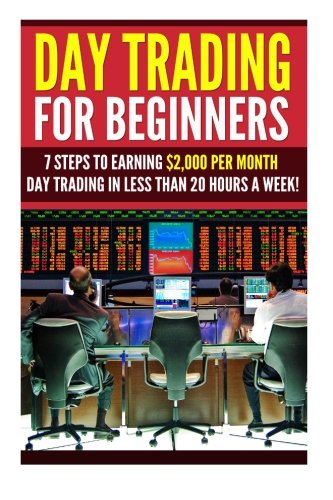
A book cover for Day Trading for Beginners: 7 Steps to Earning $2,000 per Month Day Trading in Less than 20 Hours a Week! (Day Trading - Day Trading for Beginners - ... Options - Options Trading - Stock Trading); David Princeton; Business & Money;